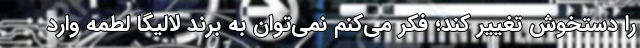
را دستخوش تغییر کند؛ فکر می‌کنم نمی‌توان به برند لالیگا لطمه وارد